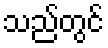
သည်တွင်